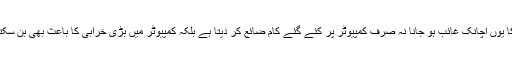
بجلی کا یوں اچانک غائب ہو جانا نہ صرف کمپیوٹر پر کِئے گئے کام ضائع کر دیتا ہے بلکہ کمپیوٹر میں بڑی خرابی کا باعث بھی بن سکتا ہے ۔